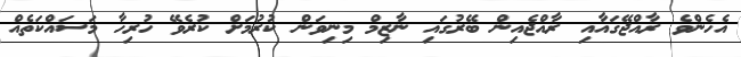
އެހެންވެ ރާއްޖޭގައާއި ރާއްޖެއިން ބޭރުގައި ނާޒިމް މިނިވަން ކުރުމަށް ކުރެވޭ ހުރިހާ މަސައްކަތެއް